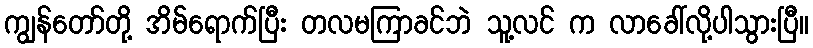
ကျွန်တော်တို့ အိမ်ရောက်ပြီး တလမကြာခင်ဘဲ သူ့လင် က လာခေါ်လို့ပါသွားပြီ။